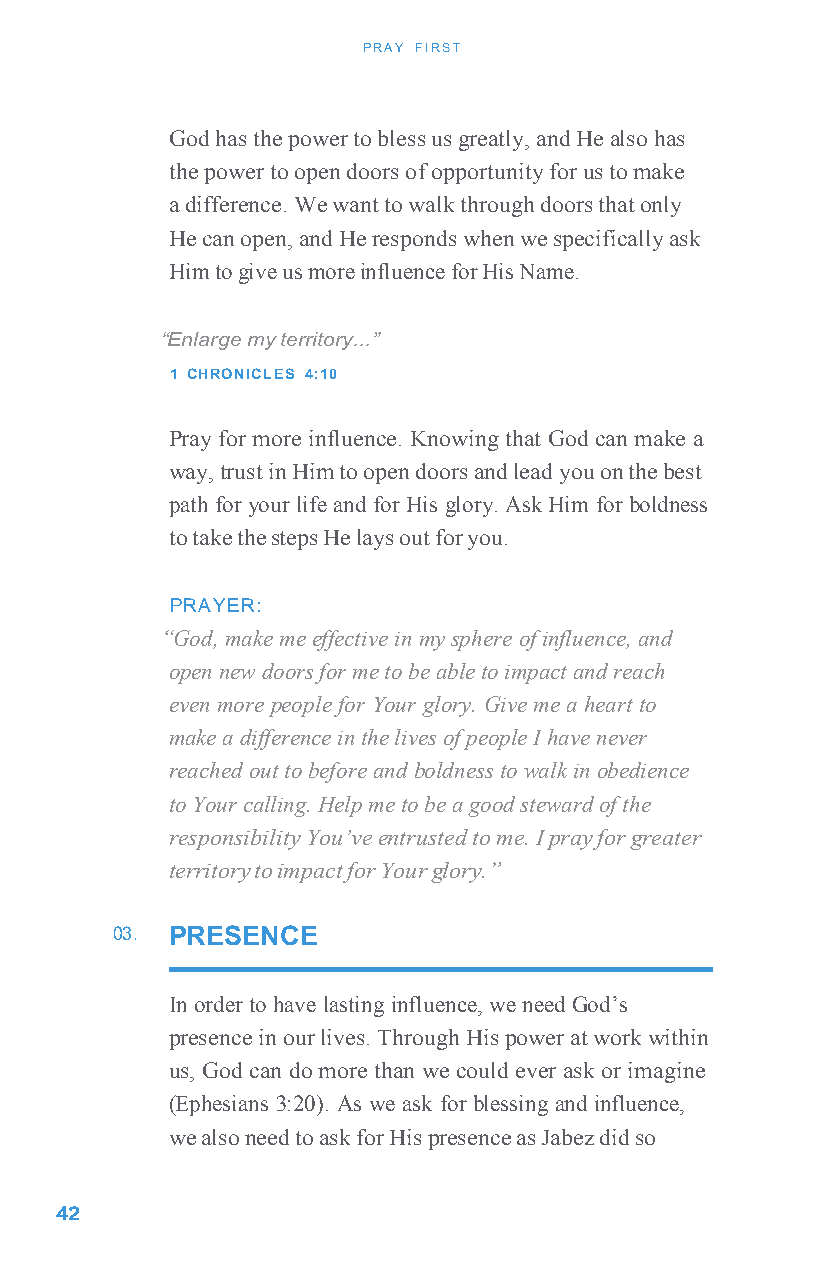
PRAY FIRST
 God has the power to bless us greatly, and He also has
 the power to open doors of opportunity for us to make
 a difference. We want to walk through doors that only
 He can open, and He responds when we specifically ask
 Him to give us more influence for His Name.
 “Enlarge my territory...”
 1 CHRONICLES 4:10
 Pray for more influence. Knowing that God can make a
 way, trust in Him to open doors and lead you on the best
 path for your life and for His glory. Ask Him for boldness
 to take the steps He lays out for you.
 PRAYER:
 “God, make me effective in my sphere of influence, and
 open new doors for me to be able to impact and reach
 even more people for Your glory. Give me a heart to
 make a difference in the lives of people I have never
 reached out to before and boldness to walk in obedience
 to Your calling. Help me to be a good steward of the
 responsibility You’ve entrusted to me. I pray for greater
 territory to impact for Your glory.”
 03. PRESENCE
 In order to have lasting influence, we need God’s
 presence in our lives. Through His power at work within
 us, God can do more than we could ever ask or imagine
 (Ephesians 3:20). As we ask for blessing and influence,
 we also need to ask for His presence as Jabez did so
 4 2